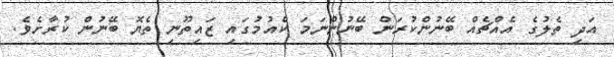
އަދި ތެލުގެ އެއްޗެއް ބޭނުންކުރަން ބޭނުންނަމަ ކެއުމުގައި ޒައިތޫނި ތެޔޮ ބޭނުން ކުރާށެވެ.